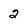
Character: 2